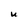
Character: U